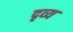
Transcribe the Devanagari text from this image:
दृव्य